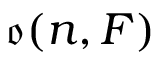
{ \mathfrak { o } } ( n , F )